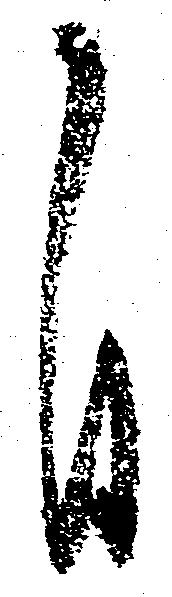
自